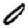
Digit: 0